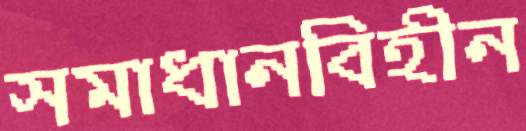
সমাধানবিহীন